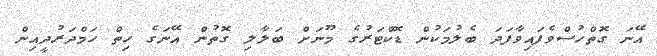
އޭނަ ގޮތްހުސްވެފައިވާފަދަ ބެލުމަކުން ޑޮކްޓަރުގެ މޫނަށް ބަލާލި ގޮތުން އޭނަގެ ހިތް ހަމްދަރުދީއިން